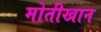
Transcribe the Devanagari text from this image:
मोतीखान